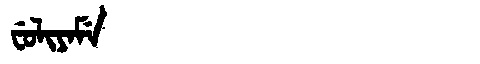
Manchu: ᠸᡠᠯᡳᠶᠠᠮᡝ
Romanization: FULIYAME